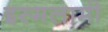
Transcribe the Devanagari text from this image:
इस्मलामी